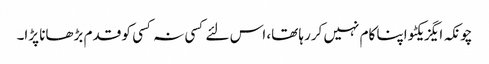
چونکہ ایگزیکٹو اپنا کام نہیں کررہا تھا، اس لئے کسی نہ کسی کو قدم بڑھانا پڑا۔